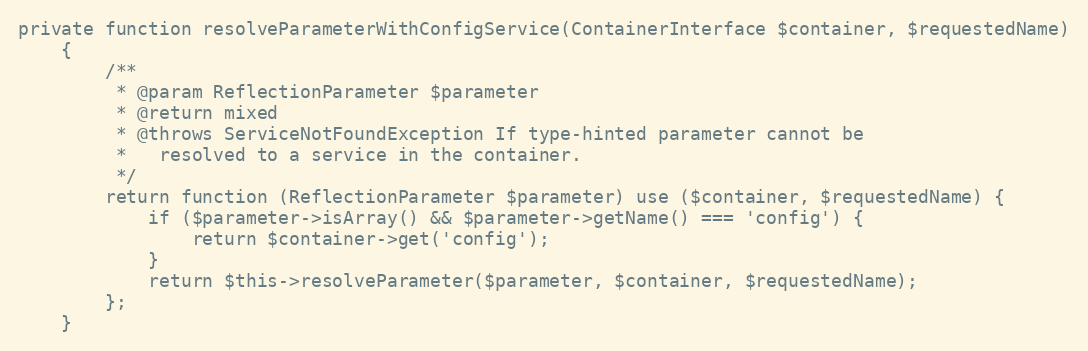
Language: PHP
private function resolveParameterWithConfigService(ContainerInterface $container, $requestedName)
    {
        /**
         * @param ReflectionParameter $parameter
         * @return mixed
         * @throws ServiceNotFoundException If type-hinted parameter cannot be
         *   resolved to a service in the container.
         */
        return function (ReflectionParameter $parameter) use ($container, $requestedName) {
            if ($parameter->isArray() && $parameter->getName() === 'config') {
                return $container->get('config');
            }
            return $this->resolveParameter($parameter, $container, $requestedName);
        };
    }